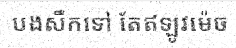
បងសឹកទៅ តែឥឡូវម៉េច